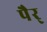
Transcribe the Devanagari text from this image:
पैर्